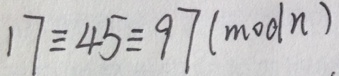
1 7 \equiv 4 5 \equiv 9 7 ( m o d n )